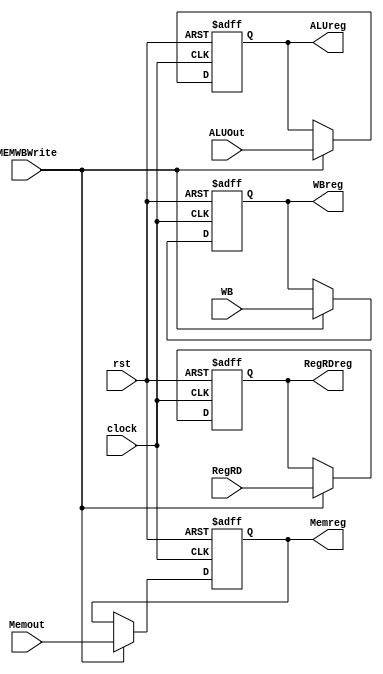
module MEMWB(clock, rst,WB,Memout,ALUOut,RegRD,WBreg, MEMWBWrite,
	Memreg,ALUreg,RegRDreg);
input clock, rst;
input [1:0] WB;
input [4:0] RegRD;
input [31:0] Memout,ALUOut;
input MEMWBWrite;
output [1:0] WBreg;
output [31:0] Memreg,ALUreg;
output [4:0] RegRDreg;
reg [1:0] WBreg;
reg [31:0] Memreg,ALUreg;
reg [4:0] RegRDreg;



always@(posedge clock, posedge rst)
begin
	if (rst) begin
		WBreg = 0;
		Memreg = 0;
		ALUreg = 0;
		RegRDreg = 0;
	end else begin
		if (MEMWBWrite) begin
			WBreg <= WB;
			Memreg <= Memout;
			ALUreg <= ALUOut;
			RegRDreg <= RegRD;
		end
	end
end

endmodule